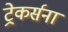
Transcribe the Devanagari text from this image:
ट्रेकर्सना